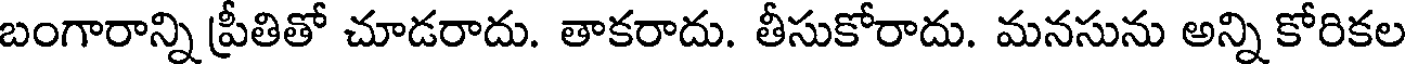
బంగారాన్ని ప్రీతితో చూడరాదు. తాకరాదు. తీసుకోరాదు. మనసును అన్ని కోరికల